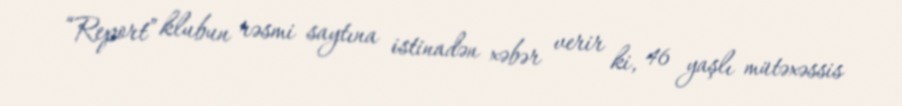
“Report” klubun rəsmi saytına istinadən xəbər verir ki, 46 yaşlı mütəxəssis